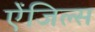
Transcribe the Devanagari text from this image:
ऐंजिल्स